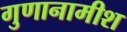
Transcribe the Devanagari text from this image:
गुणानामीश